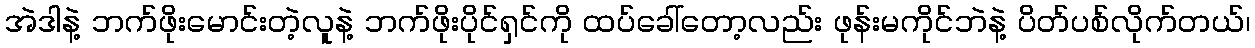
အဲဒါနဲ့ ဘက်ဖိုးမောင်းတဲ့လူနဲ့ ဘက်ဖိုးပိုင်ရှင်ကို ထပ်ခေါ်တော့လည်း ဖုန်းမကိုင်ဘဲနဲ့ ပိတ်ပစ်လိုက်တယ်၊